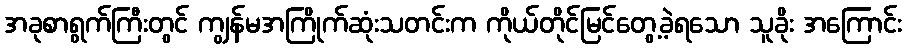
အခုစာရွက်ကြီးတွင် ကျွန်မအကြိုက်ဆုံးသတင်းက ကိုယ်တိုင်မြင်တွေ့ခဲ့ရသော သူခိုး အကြောင်း